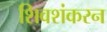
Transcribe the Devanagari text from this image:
शिवशंकरन